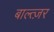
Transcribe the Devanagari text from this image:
बाल्त्ज़र